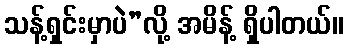
သန့်ရှင်းမှာပဲ”လို့ အမိန့် ရှိပါတယ်။